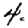
Digit: 4